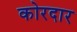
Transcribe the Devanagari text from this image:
कोरदार